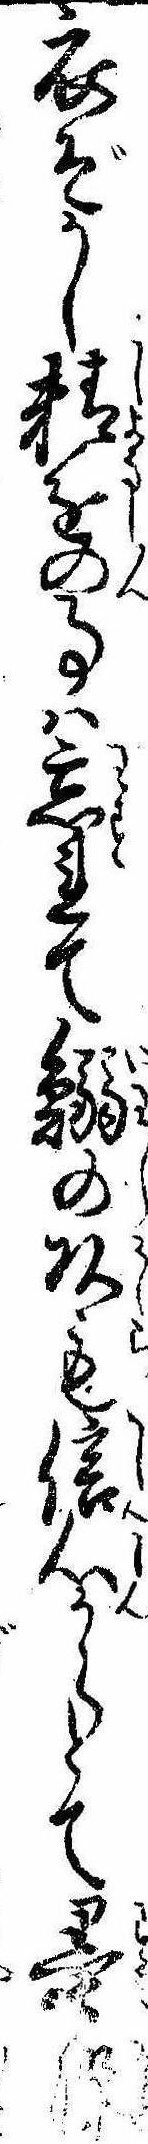
衣ぞかし精進の事は忘れて鰯の頭も信心からとて墨染